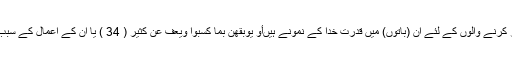
تمام صبر اور شکر کرنے والوں کے لئے ان (باتوں) میں قدرت خدا کے نمونے ہیںأَوْ يُوبِقْهُنَّ بِمَا كَسَبُوا وَيَعْفُ عَن كَثِيرٍ ( 34 ) یا ان کے اعمال کے سبب ان کو تباہ کردے۔